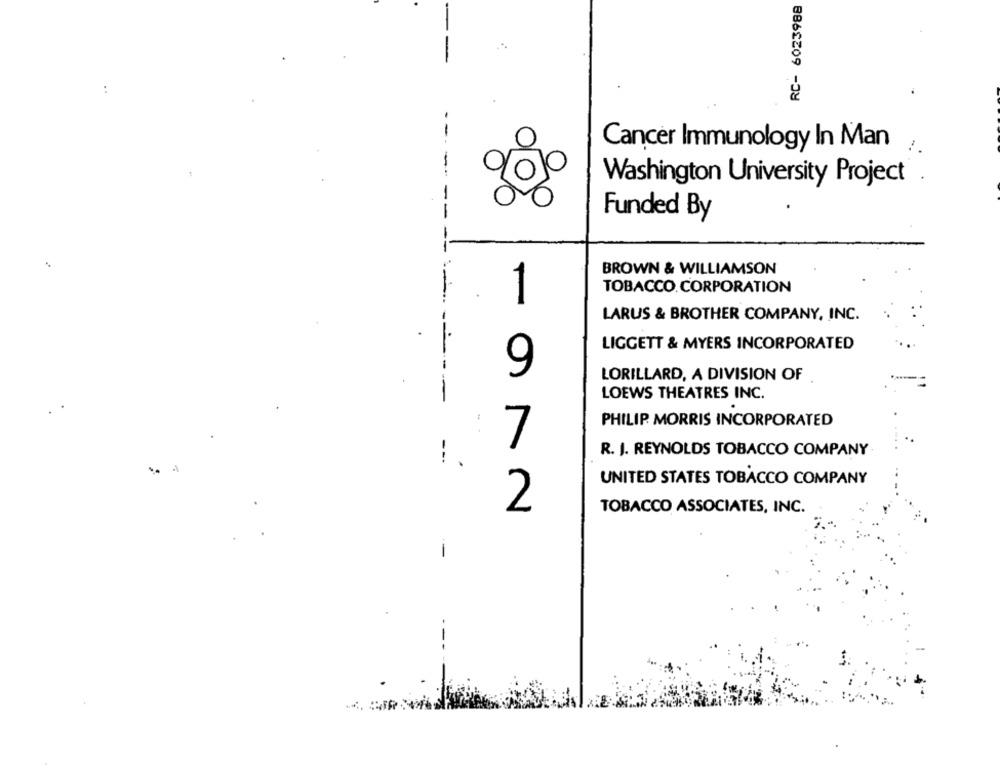
RC- 6023988
Cancer Immunology In Man
Washington University Project .
Funded By
BROWN & WILLIAMSON
1
TOBACCO. CORPORATION
LARUS & BROTHER COMPANY, INC.
--
LIGGETT & MYERS INCORPORATED
9
LORILLARD, A DIVISION OF
LOEWS THEATRES INC.
-
PHILIP MORRIS INCORPORATED
7
R. J. REYNOLDS TOBACCO COMPANY
UNITED STATES TOBACCO COMPANY
2
TOBACCO ASSOCIATES, INC.